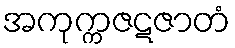
အကုက္ကဇဋဇာတံ